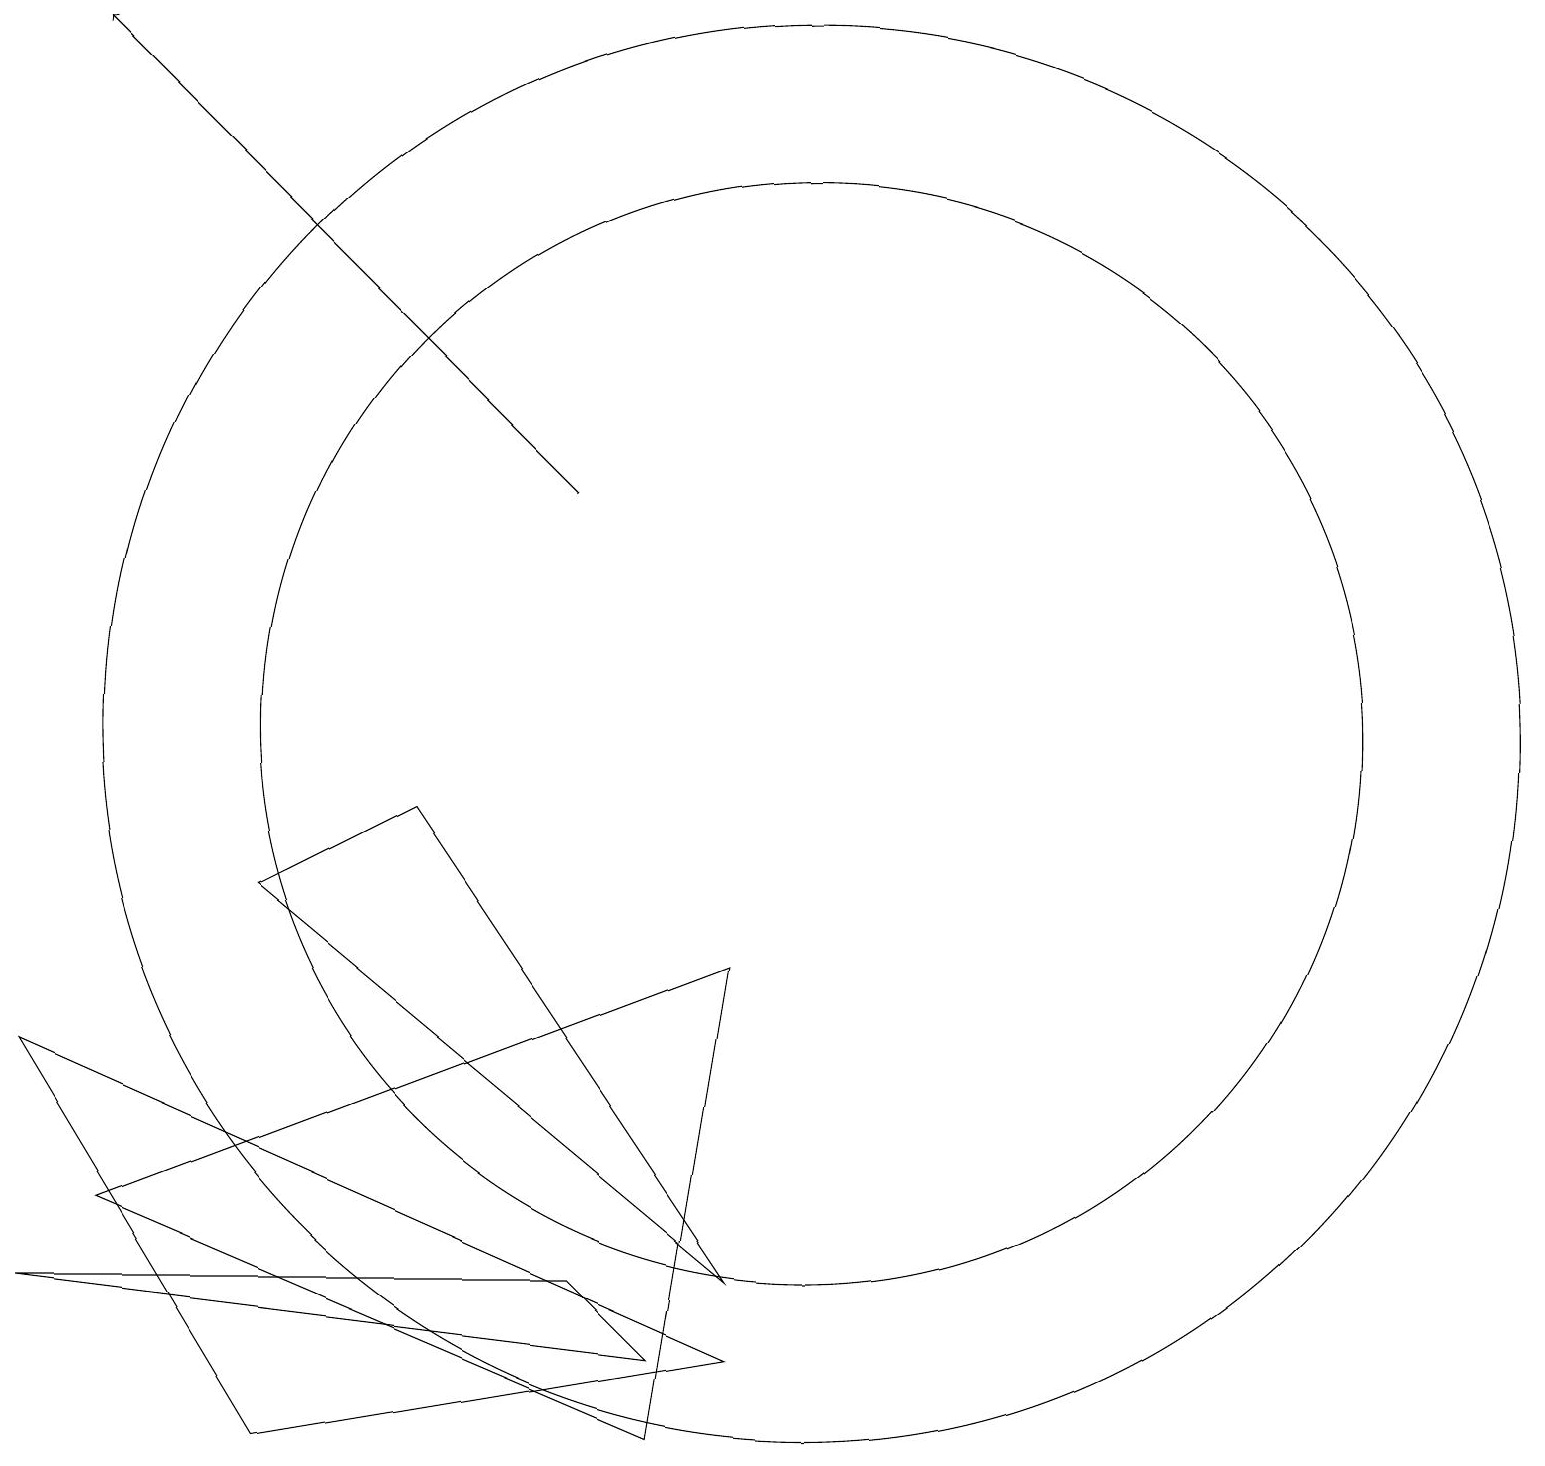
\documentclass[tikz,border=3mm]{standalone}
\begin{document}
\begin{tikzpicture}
\draw (10,10) circle (7);
\draw[->] (7,13) -- (1,19);
\draw (3,8) -- (5,9) -- (9,3) -- cycle;
\draw (0,6) -- (9,2) -- (3,1) -- cycle;
\draw (1,4) -- (9,7) -- (8,1) -- cycle;
\draw (7,3) -- (0,3) -- (8,2) -- cycle;
\draw (10,10) circle (9);
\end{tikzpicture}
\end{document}